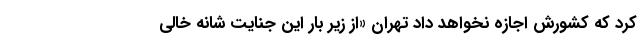
کرد که کشورش اجازه نخواهد داد تهران «از زیر بار این جنایت شانه خالی